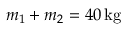
m _ { 1 } + m _ { 2 } = 4 0 \, \mathrm { k g }